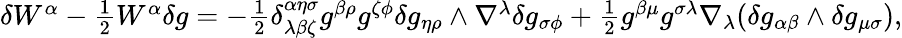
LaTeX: \begin{array}{r}{\delta W^{\alpha}-\frac{1}{2}W^{\alpha}\delta g=-\frac{1}{2}\delta_{\lambda\beta\zeta}^{\alpha\eta\sigma}g^{\beta\rho}g^{\zeta\phi}\delta g_{\eta\rho}\wedge\nabla^{\lambda}\delta g_{\sigma\phi}+\frac{1}{2}g^{\beta\mu}g^{\sigma\lambda}\nabla_{\lambda}(\delta g_{\alpha\beta}\wedge\delta g_{\mu\sigma}),}\end{array}